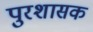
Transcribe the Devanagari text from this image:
पुरशासक